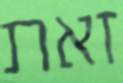
זאת